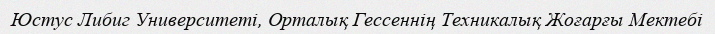
Юстус Либиг Университеті, Орталық Гессеннің Техникалық Жоғарғы Мектебі